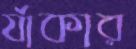
র‍্যাকার